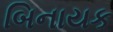
બિનાયક